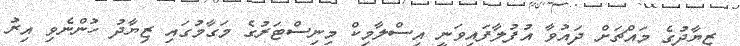
ޒިޔާދުގެ މައްޗަށް ދައުވާ އުފުލާފައިވަނީ އިސްލާމިކް މިނިސްޓަރުގެ މަގާމުގައި ޒިޔާދު ހުންނެވި އިރު